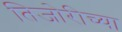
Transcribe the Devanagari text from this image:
तिजोरीच्या